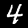
Label: 4